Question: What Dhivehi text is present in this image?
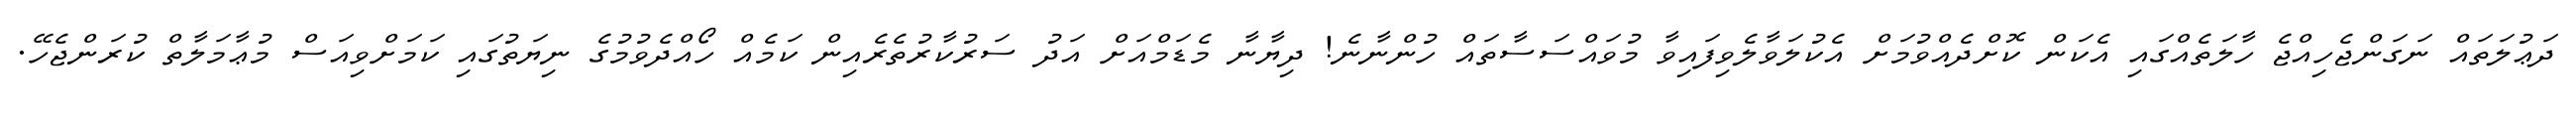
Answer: ދަޢުލަތައް ނަގަންޖެހިއްޖެ ހާލަތެއްގައި އެކަން ކޮށްދެއްވުމަށް އެކުލަވާލެވިފައިވާ މުވައްސަސާތައް ހުންނާނެ! ދިޔާނާ މެޑަމްއަށް އަދު ސަރުކާރުތެރެއިން ކަމެއް ހޯއްދެވުމުގެ ނިޔަތުގައި ކަމަށްވިއަސް މުޢާމަލާތް ކުރަންޖެހޭ.